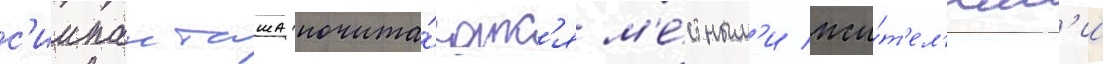
с'иипанташа почита́ютс'я м'е́стным'и жи́т'ел'ям'и